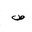
Letter: _sad